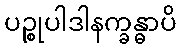
ပဉ္စုပါဒါနက္ခန္ဓာပိ